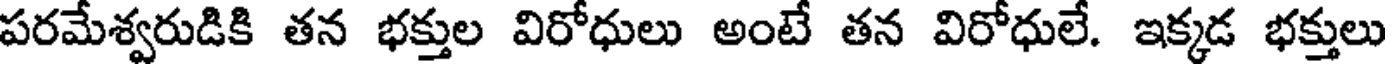
పరమేశ్వరుడికి తన భక్తుల విరోధులు అంటే తన విరోధులే. ఇక్కడ భక్తులు